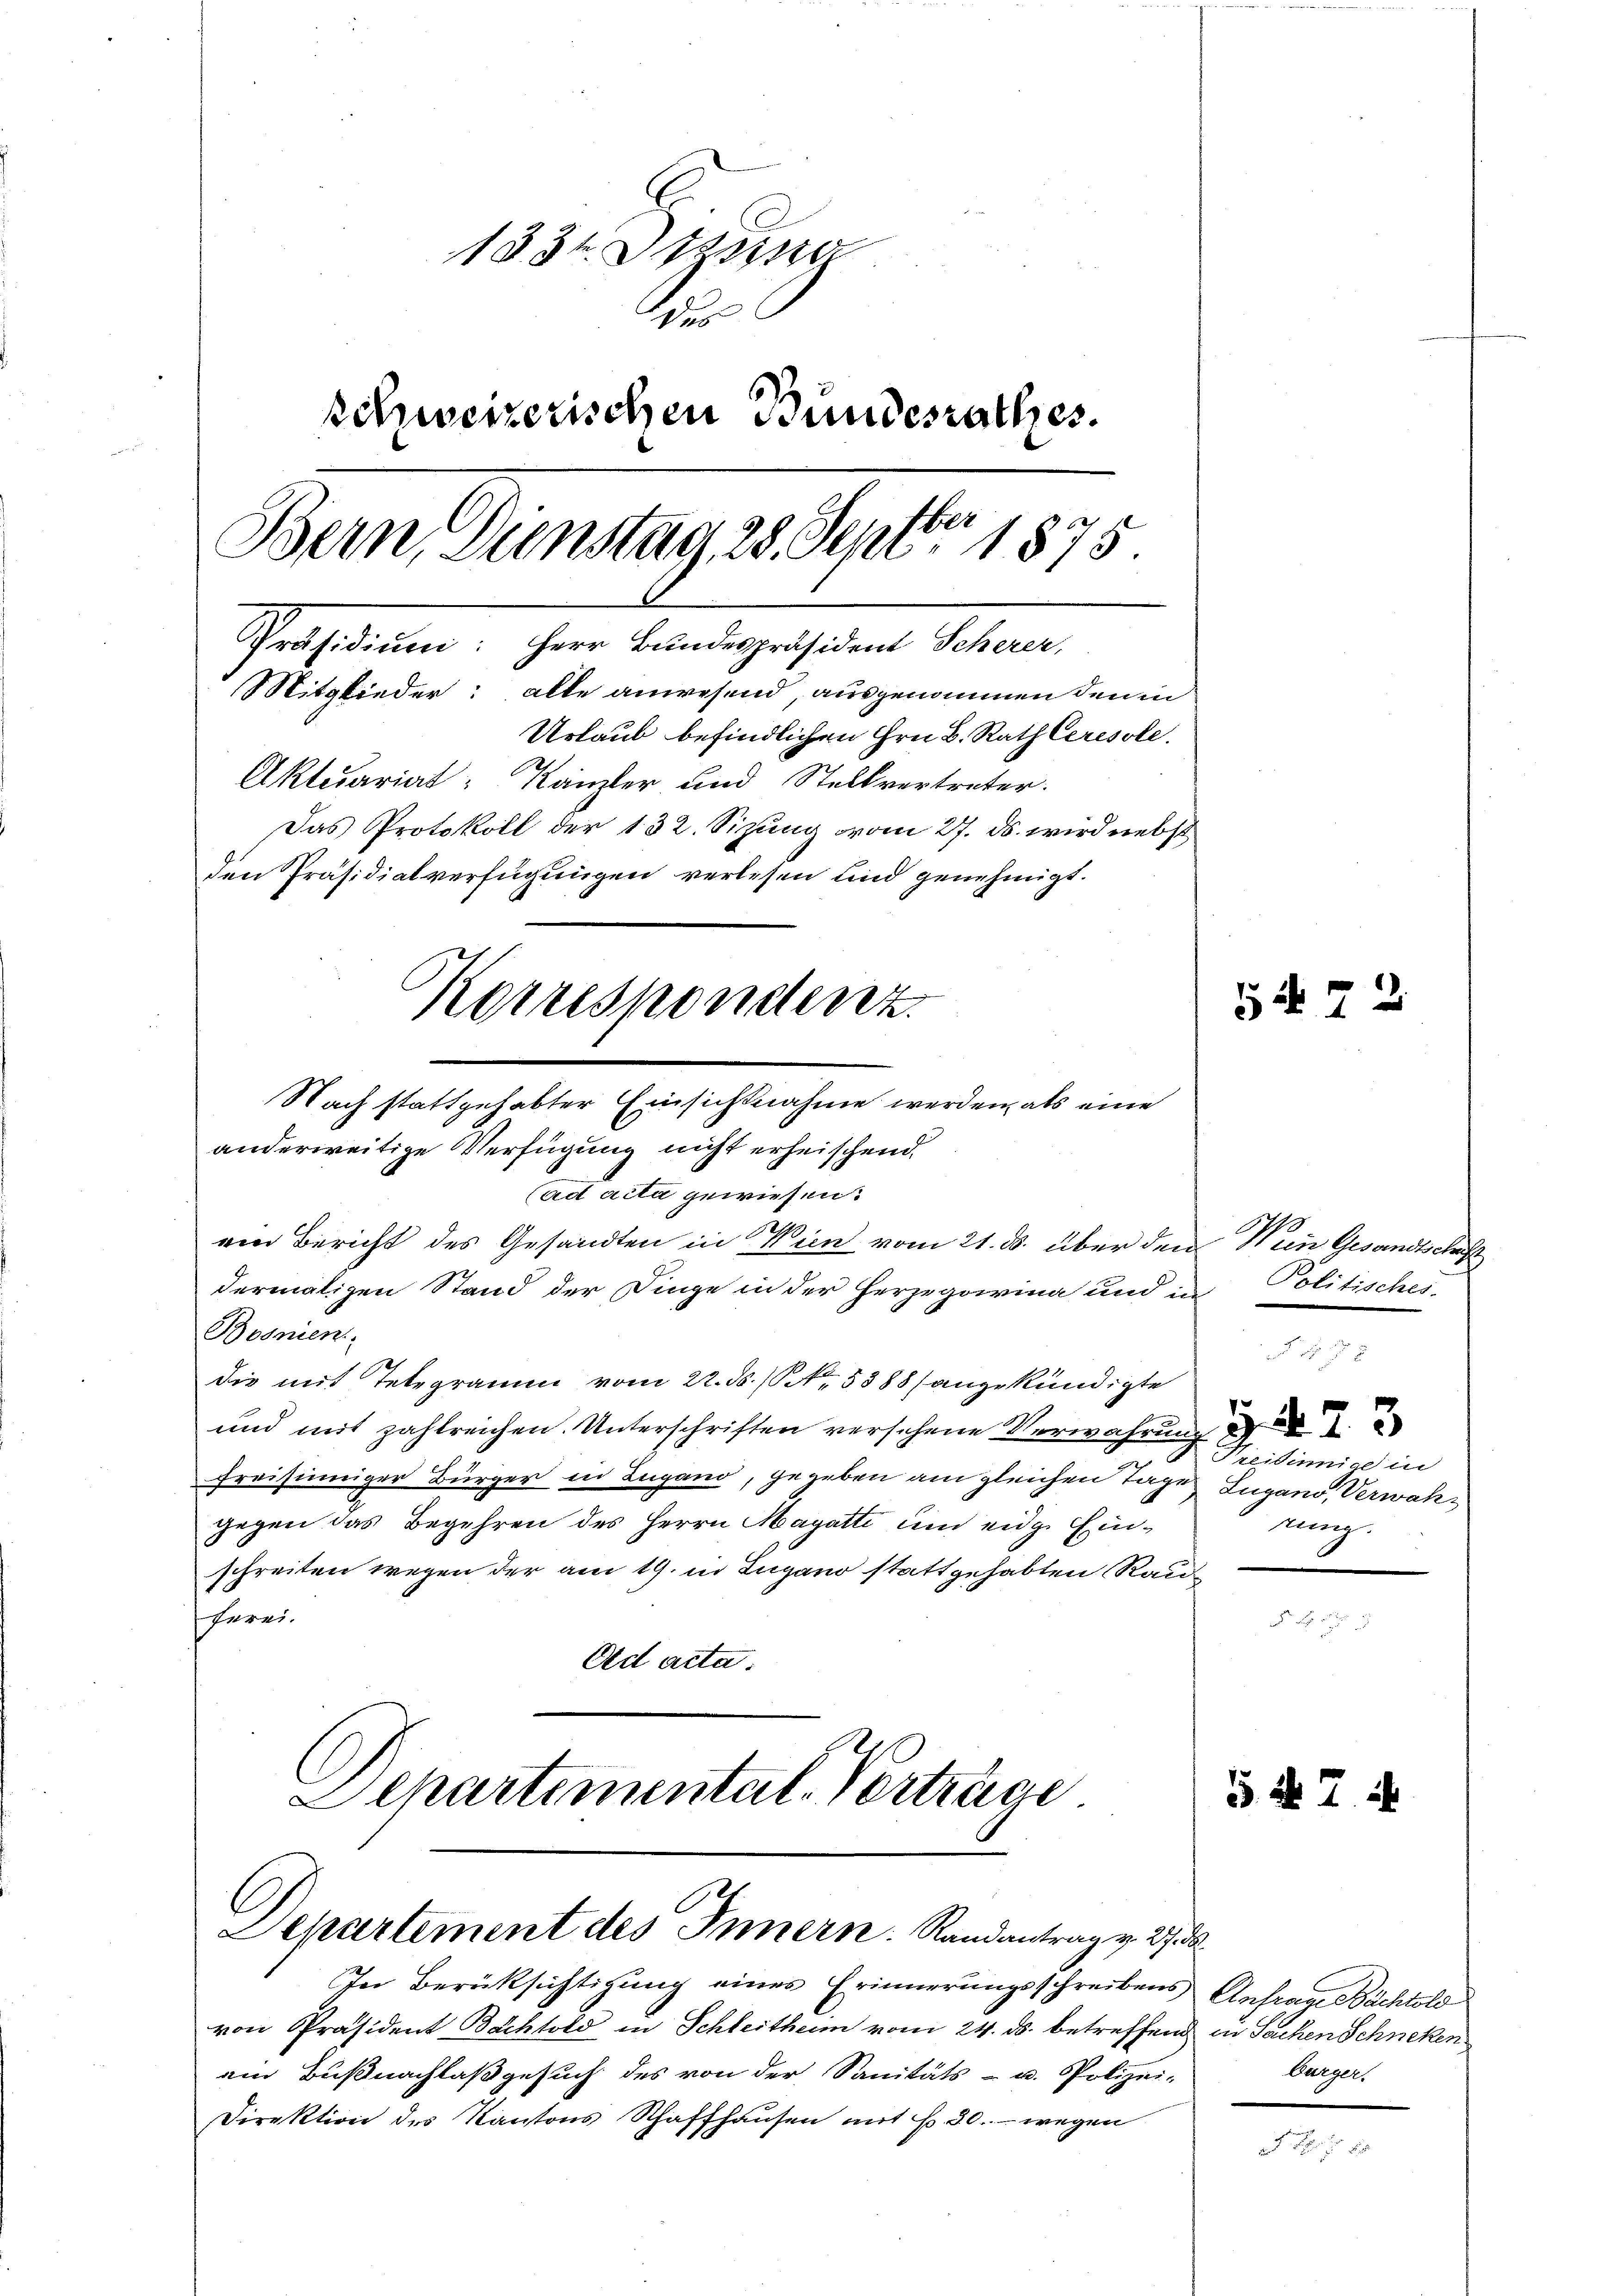
1834. Sitzung
Des
schweizerischen Bundesrathes.
sber
Bern, Dienstag 28. Jeni. 1875.
Präsidium: Herr Bundespräsident Scherer,
Mitglieder: alle anwesend, ausgenommen den in
Urlaub befindlichen Hrn. Rath Ceresole.
Aktuariat Kanzler und Stellvertreter.
Das Protokoll der 132. Sizung vom 27. ds. wird nebst
den Präsidialverfügungen verlesen sind genehmigt.

Nach stattgehabter Einsichtnahme werden, als eine
anderweitige Verfügung nicht erheischend

Korrespondenz.

Departement des Innern. Randantrag v. 27.

ad acta gewiesen.
ein Bericht des Gesandten in Wien vom 21. ds. über den
dermaligen Stand der Dinge in der Herzegorina und in
Bosnien
die mit Telegramm vom 22. ds. (N. 5388 (angekündigte
und mit zahlreichen. Unterschriften versehene Verwahrung d
freisinniger Bürger in Lugano, gegeben am gleichen Tage Lugano, Verwahgegen das Begehren des Herrn Mayetti um eidg. Einschreiten wegen der am 19. in Lugano stattgehabten Rauherei.
Oed acta.
Departemental-Verträge

In Berücksichtigung einer Erinnerungsschreibens Anfrau Nächtold
von Präsident Bachtold in Schleitheim vom 24. ds. betreffend in Sachen Schneken
ein Bußnachlaß gesuch des von der Sanitäts- u. Polizei-
Direktion des Kantons Schaffhausen mit f. 30. - wegen

52

Wein Gesandtschaft
Politisches.

52

2.

Kreisinnige in
rung.

Bürger.